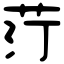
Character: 𦭑